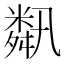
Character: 𦧾